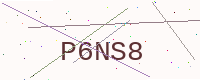
Text: P6NS8